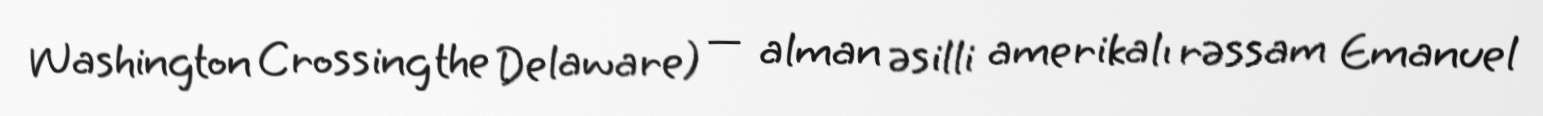
Washington Crossing the Delaware) — alman əsilli amerikalı rəssam Emanuel